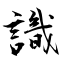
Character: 識